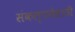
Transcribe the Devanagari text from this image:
संकल्पनेसाठी